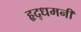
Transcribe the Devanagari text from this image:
हृद्‌धमनी